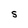
Character: S